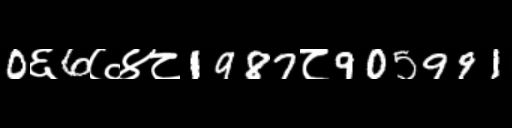
Text: 0६6७४८1987८905991